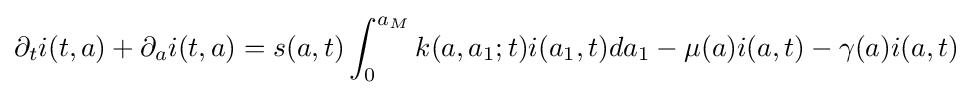
\partial _{t}i(t,a)+\partial _{a}i(t,a)=s(a,t)\int _{0}^{a_{M}}{k(a,a_{1};t)i(a_{1},t)da_{1}}-\mu (a)i(a,t)-\gamma (a)i(a,t)